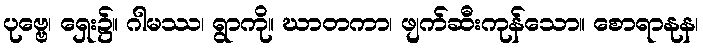
ပုဗ္ဗေ၊ ရှေး၌။ ဂါမဿ၊ ရွာကို။ ဃာတကာ၊ ဖျက်ဆီးကုန်သော။ စောရာနုန၊